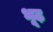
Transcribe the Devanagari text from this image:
भूढ़